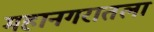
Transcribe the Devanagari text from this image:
महानगरातला